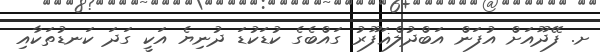
ށ. ފޭދޫއަށް އުފަން އަބްދުލްޣަފޫރު ގައްބެގެ ކުޑަކުޑަ ދުނިޔެ އަކީ ގަދަ ކަނޑުތަކާއި